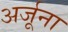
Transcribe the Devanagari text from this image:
अर्जूना